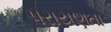
પરાયણતા